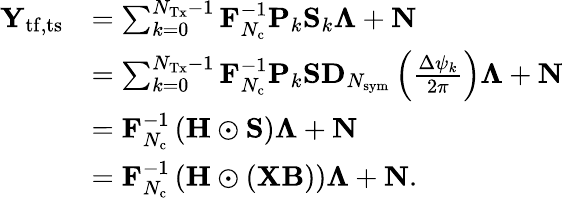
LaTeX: \begin{array}{rl}{\mathbf{Y}_{\mathrm{tf,ts}}}&{=\sum_{k=0}^{N_{\mathrm{Tx}}-1}\mathbf{F}_{N_{\mathrm{c}}}^{-1}\mathbf{P}_{k}\mathbf{S}_{k}\mathbf{\Lambda}+\mathbf{N}}\\ &{=\sum_{k=0}^{N_{\mathrm{Tx}}-1}\mathbf{F}_{N_{\mathrm{c}}}^{-1}\mathbf{P}_{k}\mathbf{S}\mathbf{D}_{N_{\mathrm{sym}}}\left(\frac{\Delta\psi_{k}}{2\pi}\right)\mathbf{\Lambda}+\mathbf{N}}\\ &{=\mathbf{F}_{N_{\mathrm{c}}}^{-1}\left(\mathbf{H}\odot\mathbf{S}\right)\mathbf{\Lambda}+\mathbf{N}}\\ &{=\mathbf{F}_{N_{\mathrm{c}}}^{-1}\left(\mathbf{H}\odot\left(\mathbf{X}\mathbf{B}\right)\right)\mathbf{\Lambda}+\mathbf{N}.}\end{array}